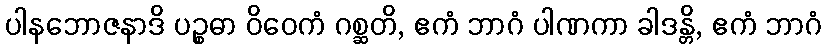
ပါနဘောဇနာဒိ ပဉ္စဓာ ဝိဝေကံ ဂစ္ဆတိ, ဧကံ ဘာဂံ ပါဏကာ ခါဒန္တိ, ဧကံ ဘာဂံ